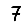
Digit: 7